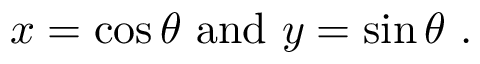
x = \cos \theta \ \mathrm { a n d } \ y = \sin \theta \ .